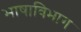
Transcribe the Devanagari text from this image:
भाषाविभाग